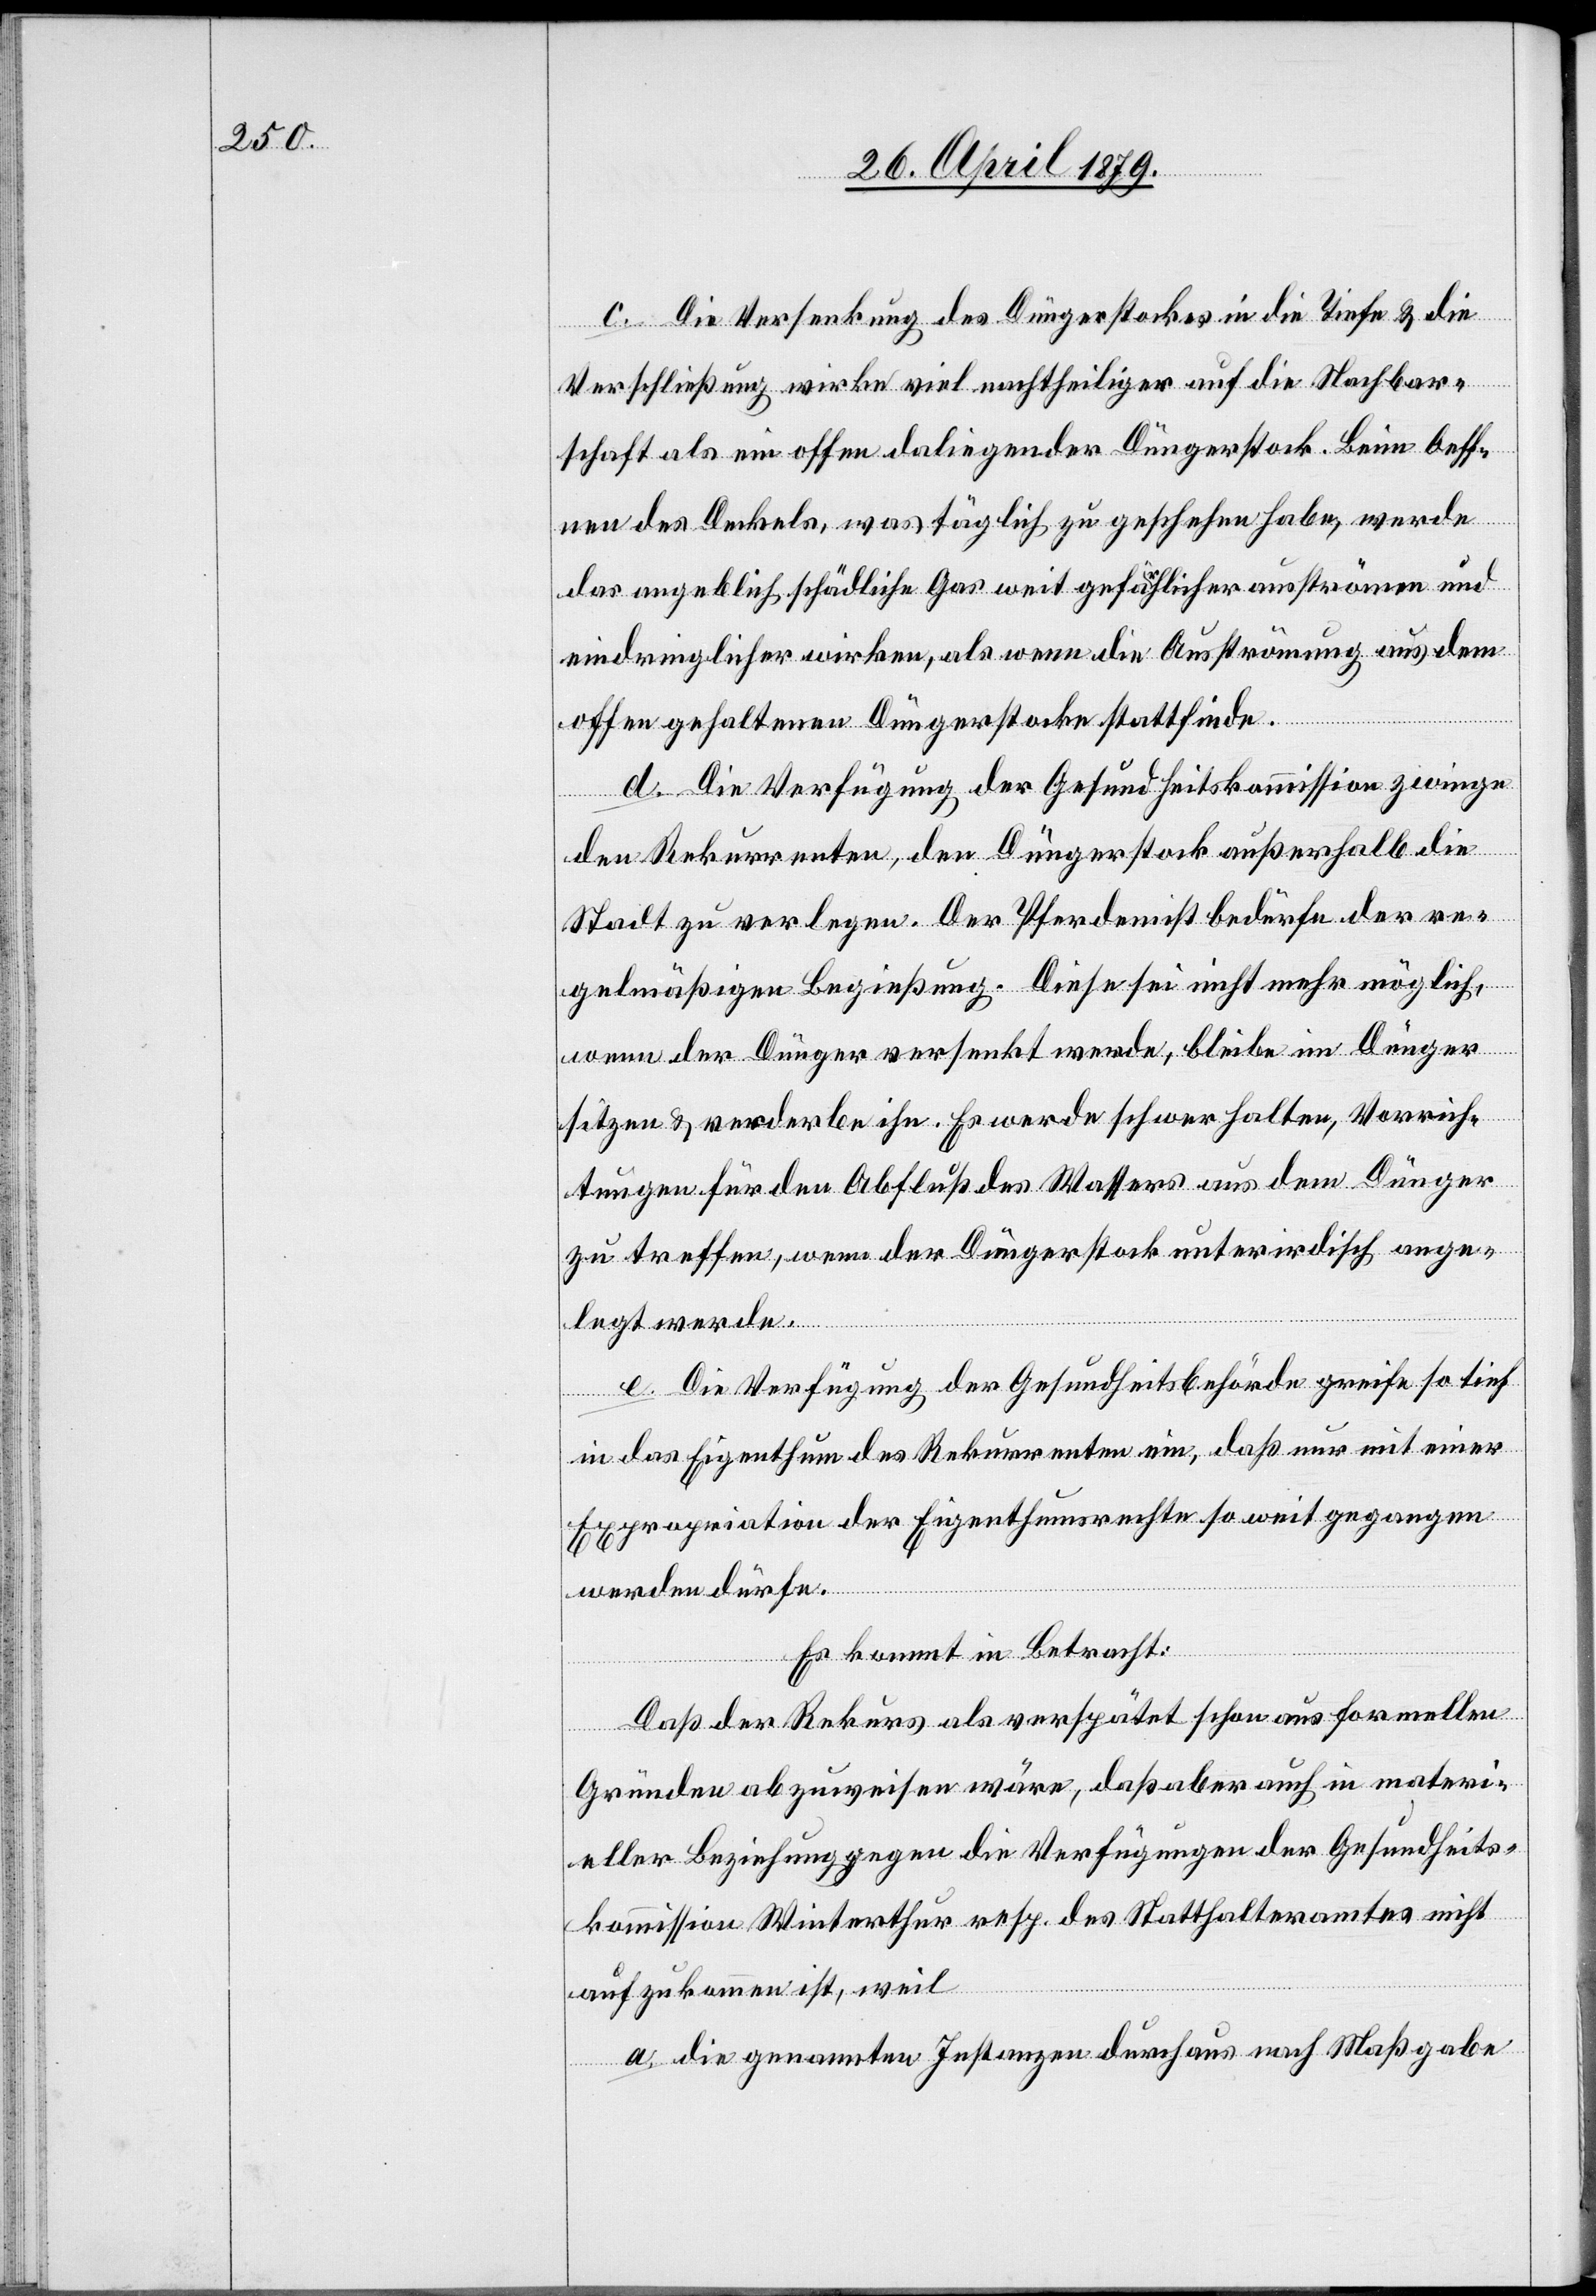
c. Die Versenkung des Düngerstockes in die Tiefe & die
Verschließung wirke viel nachtheiliger auf die Nachbar¬
schaft als ein offen daliegender Düngerstock. Beim Oeff¬
nen des Deckels, was täglich zu geschehen habe, werde
das angeblich schädliche Gas weit gefährlicher ausströmen und
eindringlicher wirken, als wenn die Ausströmung aus dem
offen gehaltenen Düngerstocke stattfinde.
d. Die Verfügung der Gesundheitskommission zwinge
den Rekurrenten, den Düngerstock außerhalb die
Stadt zu verlegen. Der Pferdemist bedürfe der re¬
gelmäßigen Begießung. Diese sei nicht mehr möglich,
wenn der Dünger versenkt werde, bleibe im Dünger
sitzen & verderbe ihn. Es werde schwer halten, Vorrich¬
tungen für den Abfluß des Wassers aus dem Dünger
zu treffen, wenn der Düngerstock unterirdisch ange¬
legt werde.
e. Die Verfügung der Gesundheitsbehörde greife so tief
in das Eigenthum des Rekurrenten ein, daß nur mit einer
Expropriation der Eigenthumsrechte so weit gegangen
werden dürfe.
Es kommt in Betracht:
Daß der Rekurs als verspätet schon aus formellen
Gründen abzuweisen wäre, daß aber auch in materi¬
eller Beziehung gegen die Verfügungen der Gesundheits¬
kommission Winterthur resp. des Statthalteramtes nicht
aufzukommen ist, weil
a. die genannten Instanzen durchaus nach Maßgabe